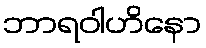
ဘာရဝါဟိနော